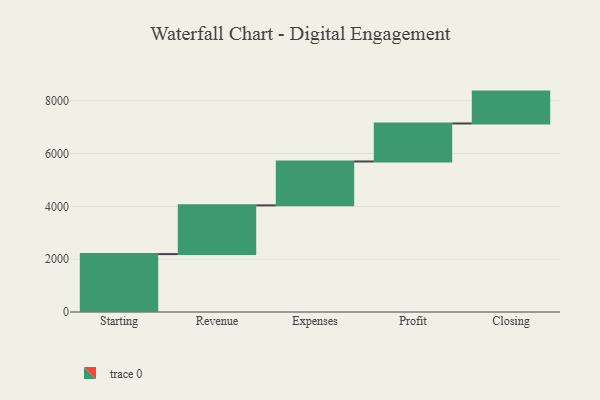
{"axis": {"x": "Step", "y": "Value"}, "legend": [""], "data": [{"x": "Starting", "y": 2192.0, "type": ""}, {"x": "Revenue", "y": 1845.0, "type": ""}, {"x": "Expenses", "y": 1662.0, "type": ""}, {"x": "Profit", "y": 1439.0, "type": ""}, {"x": "Closing", "y": 1206.0, "type": ""}]}